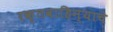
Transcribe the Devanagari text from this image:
रक्तवाहिन्याचे